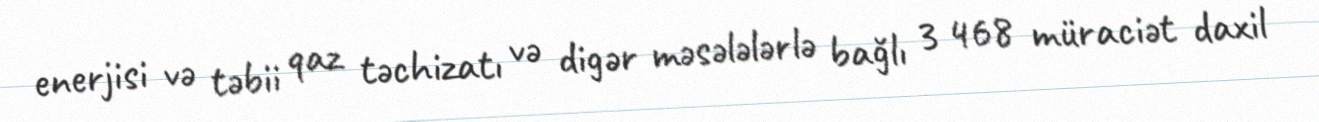
enerjisi və təbii qaz təchizatı və digər məsələlərlə bağlı 3 468 müraciət daxil